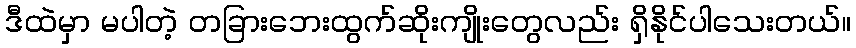
ဒီထဲမှာ မပါတဲ့ တခြားဘေးထွက်ဆိုးကျိုးတွေလည်း ရှိနိုင်ပါသေးတယ်။